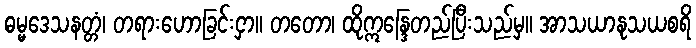
ဓမ္မဒေသနတ္တံ၊ တရားဟောခြင်းငှာ။ တတော၊ ထိုဣန္ဒြေတည်ပြီးသည်မှ။ အာသယာနုသယစရိ